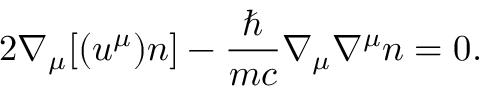
2 \nabla _ { \mu } [ ( u ^ { \mu } ) n ] - \frac { \hbar } { m c } \nabla _ { \mu } \nabla ^ { \mu } n = 0 .